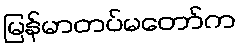
မြန်မာတပ်မတော်က